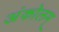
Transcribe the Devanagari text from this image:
अंकोलम्